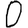
Digit: 0